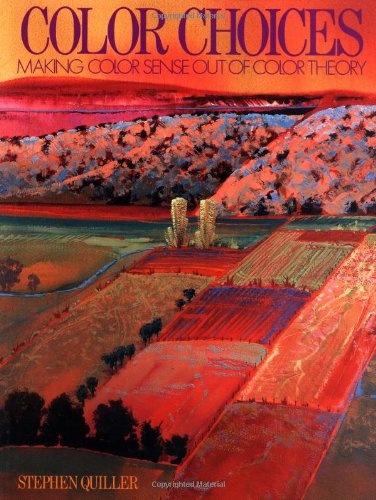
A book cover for Color Choices: Making Color Sense Out of Color Theory; Stephen Quiller; Arts & Photography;